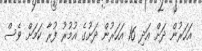
އަހަރުން ދަށް އަދި 16 އަހަރުން ދަށުގެ އުމުރު ފުރާ ކަމަށް ވެސް